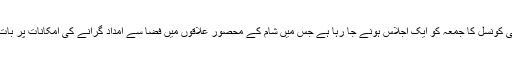
اقوام متحدہ کی سلامتی کونسل کا جمعہ کو ایک اجلاس ہونے جا رہا ہے جس میں شام کے محصور علاقوں میں فضا سے امداد گرانے کی امکانات پر بات چیت کی جائے گی۔